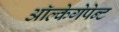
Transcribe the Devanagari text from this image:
ऑल्केगेपेन्ट